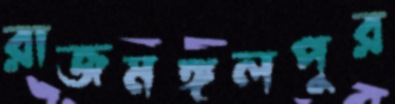
রাজমঙ্গলপুর